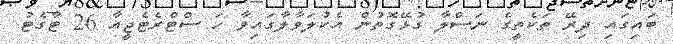
ބައިގައި ދިރޭ ތަކެތީގެ ނަސްލާ ގުޅޭގޮތުން އެކުލަވާލާގައިވާ ހަ ސްޓްރެޓެޖީއާ 26 ޓާގެޓު